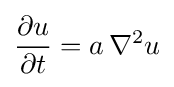
{\frac {\partial u}{\partial t}}=a\,\nabla ^{2}u